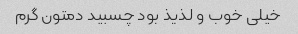
خیلی خوب و‌ لذیذ بود چسبید دمتون گرم